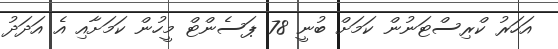
އަހަރު ކްރިސްޓަނުން ކަމަށް ބުނީ 78 ޕަސެންޓް މީހުން ކަމަށާއި އެ އަދަދު